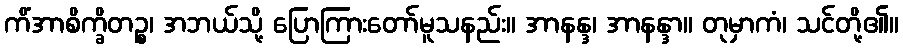
ကိံအာစိက္ခိတဉ္စ၊ အဘယ်သို့ ပြောကြားတော်မူသနည်း။ အာနန္ဒ၊ အာနန္ဒာ။ တုမှာကံ၊ သင်တို့၏။